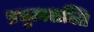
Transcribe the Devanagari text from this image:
प्रभुत्वशक्ति